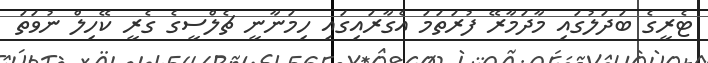
ޓެރީގެ ބަދަލުގައި މާދަމާރޭ ފުރަތަމަ އެގާރައިގައި ހިމަނާނީ ޗެލްސީގެ ގެރީ ކޭހިލް ނުވަތަ